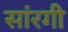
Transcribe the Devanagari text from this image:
सांरगी